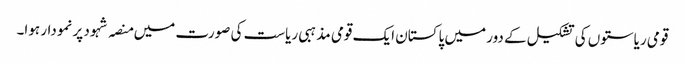
قومی ریاستوں کی تشکیل کے دور میں پاکستان ایک قومی مذہبی ریاست کی صورت میں منصہ شہود پر نمودار ہوا۔